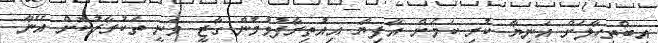
އިބްތިހާލަށް އަނިޔާ ކުރި ކަމަށް އާފިޔާ އިއުތިރާފުވުމުން ގާޒީ ވަނީ ތަކުރާރުކޮށް އޭނާ